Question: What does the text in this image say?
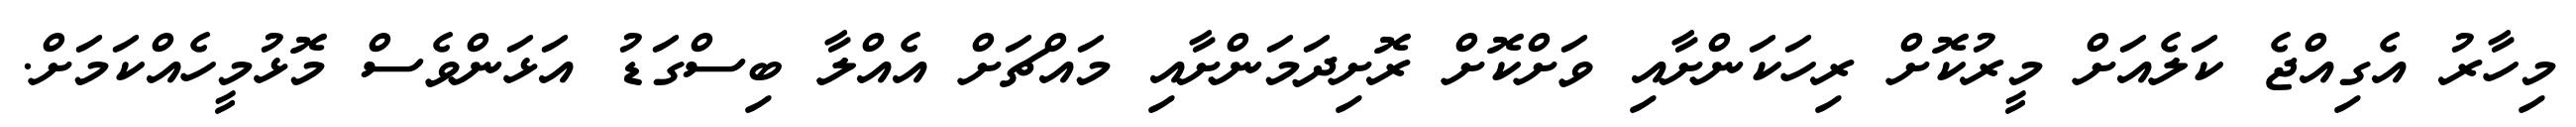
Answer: މިހާރު އެގިއްޖެ ކަލެއަށް މީރުކޮށް ރިހަކަންށާއި ވަށްކޮށް ރޮށިދަމަންށާއި މައްޗަށް އެއްލާ ބިސްގަޑު އަޅަންވެސް މޮޅުމީހެއްކަމަށް.